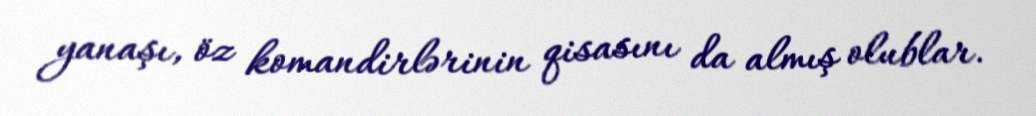
yanaşı, öz komandirlərinin qisasını da almış olublar.